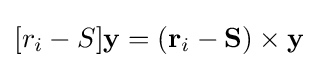
[r_{i}-S]\mathbf {y} =(\mathbf {r} _{i}-\mathbf {S} )\times \mathbf {y}